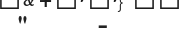
"     -